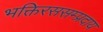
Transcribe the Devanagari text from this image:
भक्तिरससम्प्रदाय